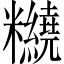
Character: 𥽵